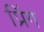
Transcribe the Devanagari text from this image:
प्रिंग